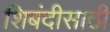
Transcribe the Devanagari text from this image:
शिबंदीसाठी